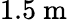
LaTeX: \mathrm{1.5~m}